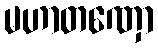
မဟာတဏှော